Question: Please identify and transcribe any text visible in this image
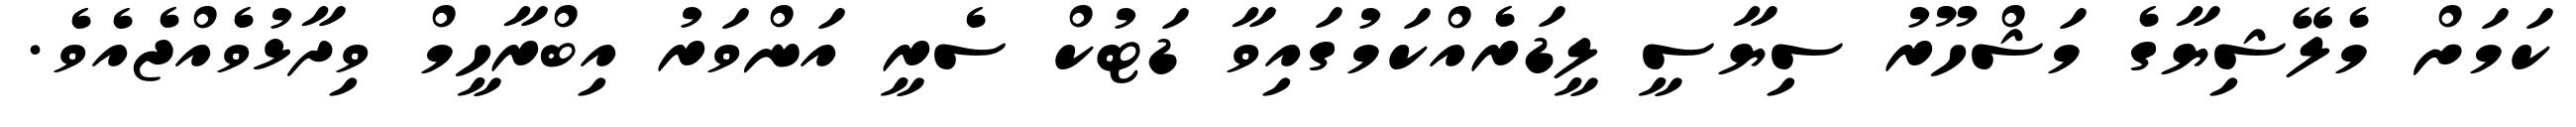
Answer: ކަމަށް މެލޭޝިޔާގެ މަޝްހޫރު ސިޔާސީ ލީޑަރެއްކަމުގައިވާ ޑަޓުކް ސެރީ އަންވަރު އިބްރާހީމް ވިދާޅުވެއްޖެއެވެ.